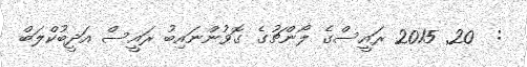
:  20